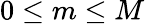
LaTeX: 0\leq m\leq M